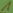
Text: 1